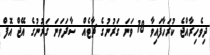
ދިވެހިރާއްޖެ ކުރަހާފައިވާ 18 ވަނަ ގަރުނުގެ ޗާޓެއް ސާދަވަނަ ޤަރުނުގެ އޭޖް އޮފް